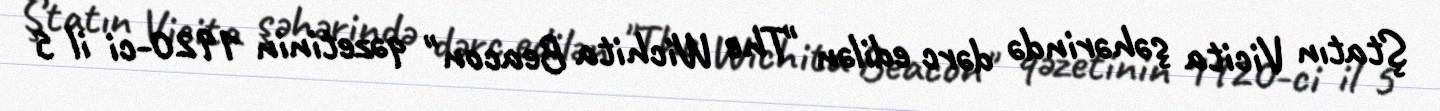
Ştatın Vicita şəhərində dərc edilən "The Wichita Beacon" qəzetinin 1920-ci il 5